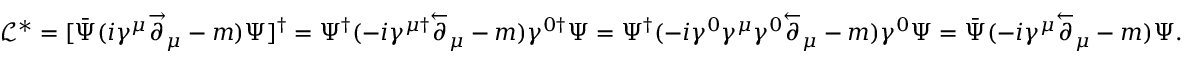
\mathcal { L } ^ { \ast } = [ \bar { \Psi } ( i \gamma ^ { \mu } \overset { \rightarrow } { \partial } _ { \mu } - m ) \Psi ] ^ { \dagger } = \Psi ^ { \dagger } ( - i \gamma ^ { \mu \dagger } \overset { \leftarrow } { \partial } _ { \mu } - m ) \gamma ^ { 0 \dagger } \Psi = \Psi ^ { \dagger } ( - i \gamma ^ { 0 } \gamma ^ { \mu } \gamma ^ { 0 } \overset { \leftarrow } { \partial } _ { \mu } - m ) \gamma ^ { 0 } \Psi = \bar { \Psi } ( - i \gamma ^ { \mu } \overset { \leftarrow } { \partial } _ { \mu } - m ) \Psi .